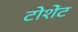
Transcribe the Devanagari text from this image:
टोशेंट